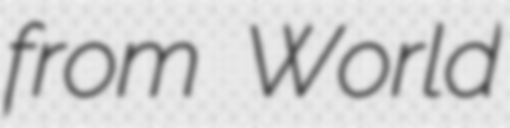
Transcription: from World